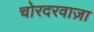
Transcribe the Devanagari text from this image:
चोरदरवाज़ा